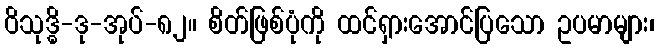
ဝိသုဒ္ဓိ-ဒု-အုပ်-၈၂။ စိတ်ဖြစ်ပုံကို ထင်ရှားအောင်ပြသော ဥပမာများ၊